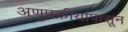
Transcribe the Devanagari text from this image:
अणुप्रक्रीयांपासून